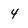
Character: 4